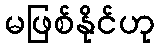
မဖြစ်နိုင်ဟု